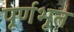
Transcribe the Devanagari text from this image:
पूर्णभूत